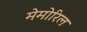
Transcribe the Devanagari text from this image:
मेमोरिल